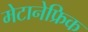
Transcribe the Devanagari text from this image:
मेटानेफ्रिक